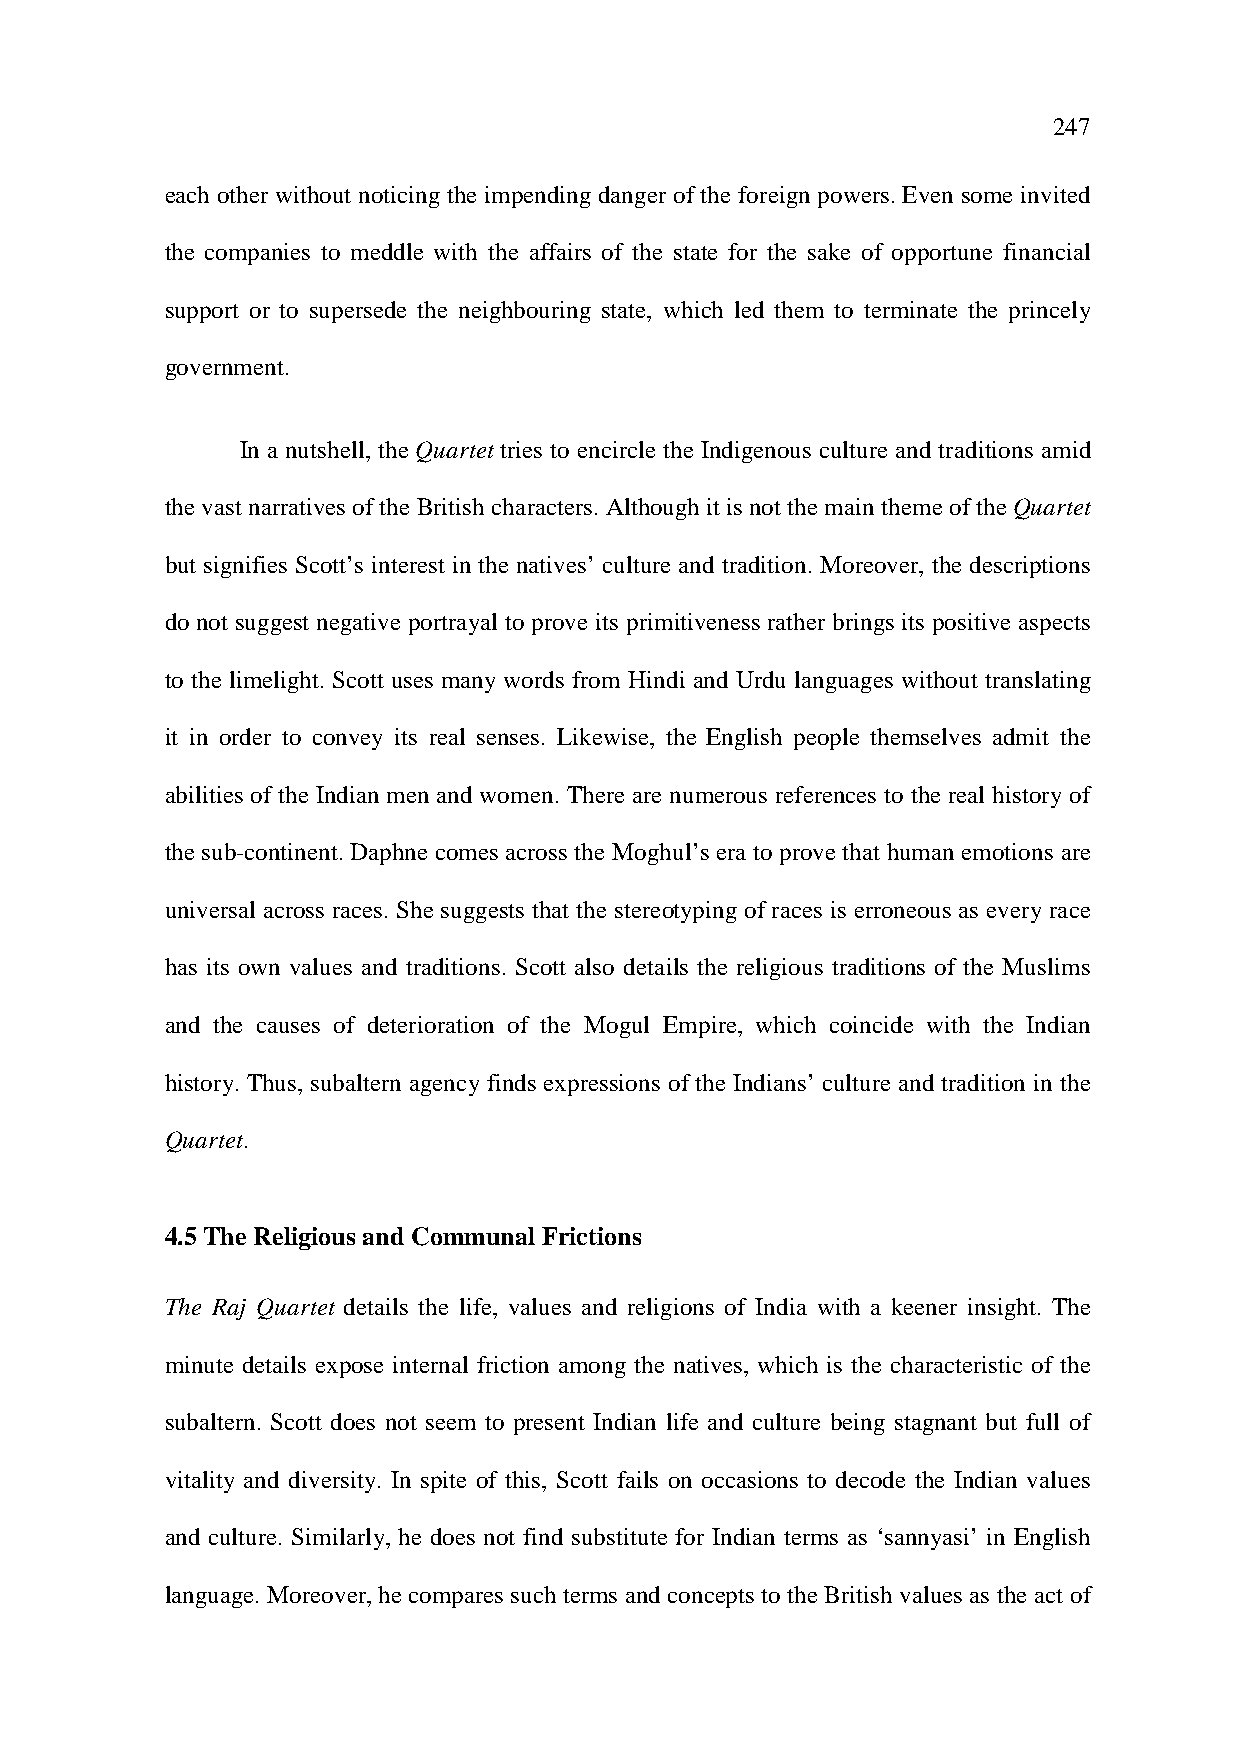
247
 each other without noticing the impending danger of the foreign powers. Even some invited
 the companies to meddle with the affairs of the state for the sake of opportune financial
 support or to supersede the neighbouring state, which led them to terminate the princely
 government.
 In a nutshell, the Quartet tries to encircle the Indigenous culture and traditions amid
 the vast narratives of the British characters. Although it is not the main theme of the Quartet
 but signifies Scott’s interest in the natives’ culture and tradition. Moreover, the descriptions
 do not suggest negative portrayal to prove its primitiveness rather brings its positive aspects
 to the limelight. Scott uses many words from Hindi and Urdu languages without translating
 it in order to convey its real senses. Likewise, the English people themselves admit the
 abilities of the Indian men and women. There are numerous references to the real history of
 the sub-continent. Daphne comes across the Moghul’s era to prove that human emotions are
 universal across races. She suggests that the stereotyping of races is erroneous as every race
 has its own values and traditions. Scott also details the religious traditions of the Muslims
 and the causes of deterioration of the Mogul Empire, which coincide with the Indian
 history. Thus, subaltern agency finds expressions of the Indians’ culture and tradition in the
 Quartet.
 4.5 The Religious and Communal Frictions
 The Raj Quartet details the life, values and religions of India with a keener insight. The
 minute details expose internal friction among the natives, which is the characteristic of the
 subaltern. Scott does not seem to present Indian life and culture being stagnant but full of
 vitality and diversity. In spite of this, Scott fails on occasions to decode the Indian values
 and culture. Similarly, he does not find substitute for Indian terms as ‘sannyasi’ in English
 language. Moreover, he compares such terms and concepts to the British values as the act of